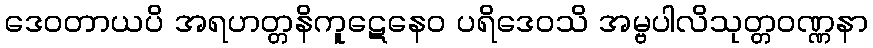
ဒေဝတာယပိ အရဟတ္တနိကူဋေနေဝ ပရိဒေဝသိ အမ္ဗပါလိသုတ္တဝဏ္ဏနာ